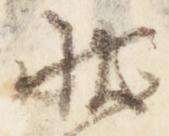
状